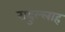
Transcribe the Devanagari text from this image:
सदुल्‍लाह